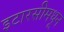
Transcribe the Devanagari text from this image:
इटारसीमधून